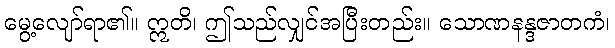
မွေ့လျော်ရာ၏။ ဣတိ၊ ဤသည်လျှင်အပြီးတည်း။ သောဏနန္ဒဇာတကံ၊